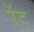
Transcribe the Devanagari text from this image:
रॅद